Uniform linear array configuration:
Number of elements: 32
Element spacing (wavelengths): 0.25
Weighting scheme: uniform
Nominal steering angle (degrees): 60
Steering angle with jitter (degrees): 60.69
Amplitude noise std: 0.05
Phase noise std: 0.05

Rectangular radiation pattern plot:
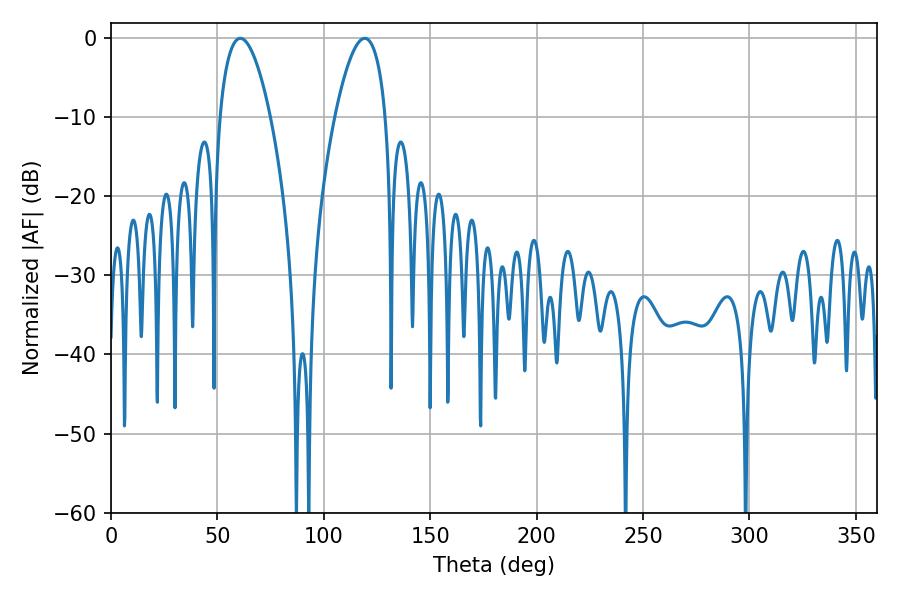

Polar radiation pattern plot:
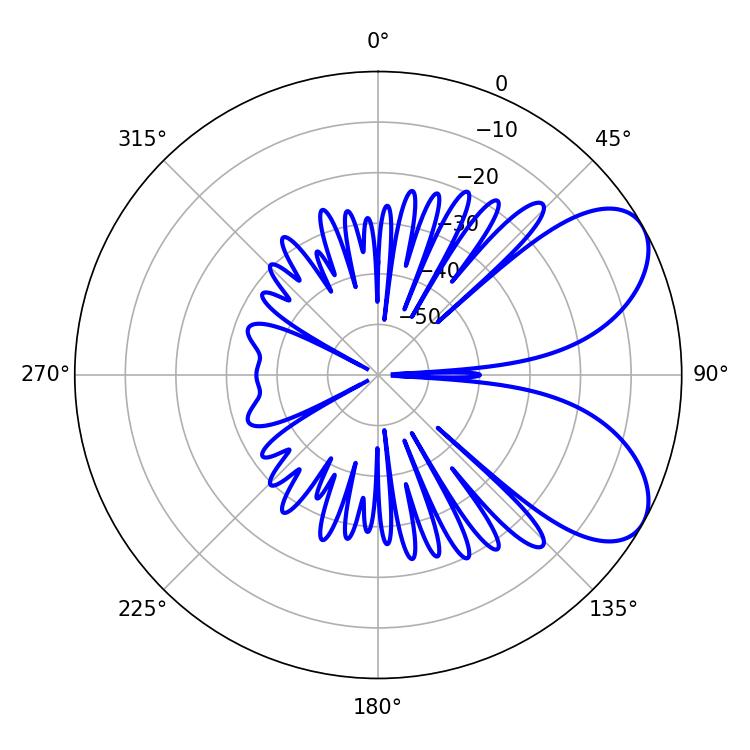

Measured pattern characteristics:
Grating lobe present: FALSE
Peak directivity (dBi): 6.595
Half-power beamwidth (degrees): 13.14
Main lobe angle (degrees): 60.84